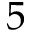
5